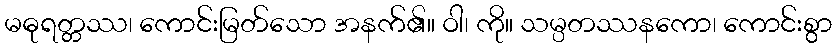
မဓုရတ္တဿ၊ ကောင်းမြတ်သော အနက်၏။ ဝါ၊ ကို။ သမ္ပတဿနကော၊ ကောင်းစွာ